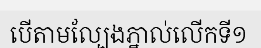
បើតាមល្បែងភ្នាល់លើកទី១